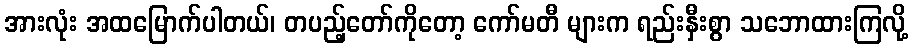
အားလုံး အထမြောက်ပါတယ်၊ တပည့်တော်ကိုတော့ ကော်မတီ များက ရည်းနှီးစွာ သဘောထားကြလို့